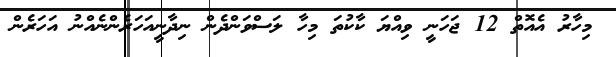
މިހާރު އެއޮތް 12 ޖަހަނީ ވިއްޔަ ކާކުތަ މިހާ ލަސްވަންދެން ނިދާނީއަހަރެންނެއްނު އަހަރެން